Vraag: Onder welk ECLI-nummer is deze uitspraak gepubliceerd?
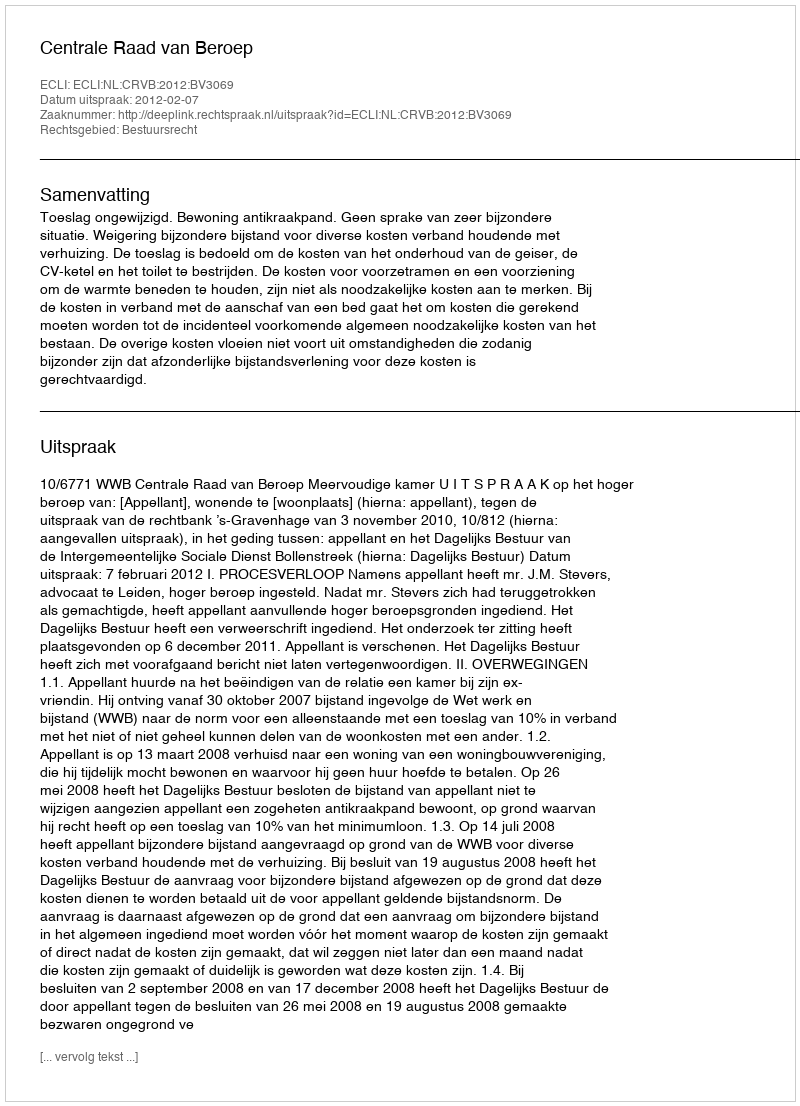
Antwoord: ECLI:NL:CRVB:2012:BV3069